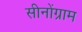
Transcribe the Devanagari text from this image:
सीनोंग्राम